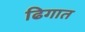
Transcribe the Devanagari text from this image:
ढिगात